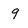
Character: 9